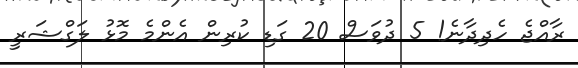
ރާއްޖެ ހެދިދާނެ! 5 ދުވަސް 20 ގަޑި ކުރިން އެންމެ މޮޅު ލަގްޝަރީ